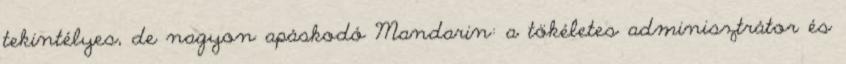
tekintélyes, de nagyon apáskodó Mandarin: a tökéletes adminisztrátor és